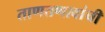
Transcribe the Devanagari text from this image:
ताणतणावांची